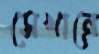
সেখান্রে